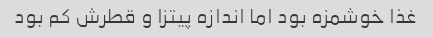
غذا خوشمزه بود اما اندازه پیتزا و قطرش کم بود